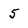
Character: 5